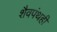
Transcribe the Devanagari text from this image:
शैवपंथही